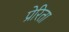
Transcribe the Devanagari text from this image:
प्रेरिता